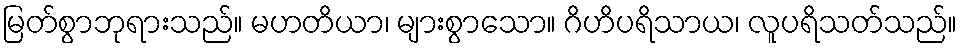
မြတ်စွာဘုရားသည်။ မဟတိယာ၊ များစွာသော။ ဂိဟိပရိသာယ၊ လူပရိသတ်သည်။